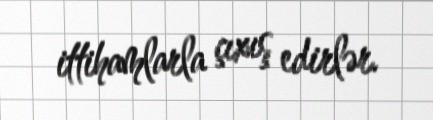
ittihamlarla çıxış edirlər.